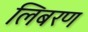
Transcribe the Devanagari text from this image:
लिबरण